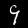
Label: 9